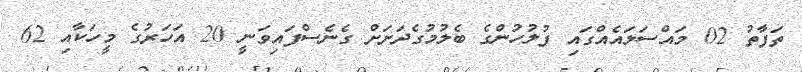
ތަފާތު 02 މައްސަލައެއްގައި ފުލުހުންގެ ބެލުމުގެދަށަށް ގެނެސްފައިވަނީ 20 އަހަރުގެ މީހަކާއި 62